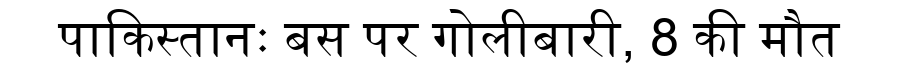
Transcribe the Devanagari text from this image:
पाकिस्तानः बस पर गोलीबारी, 8 की मौत